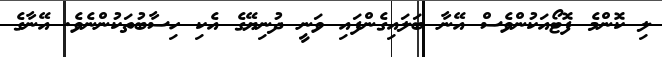
ލި ކޮންމެ ފޮޓޯއަކުންވެސް އޭނާ ބަލައިގެންފައި ވަނީ ދުނިޔޭގެ އެކި ހިސާބުތަކުންނެވެ. އޭނާގެ